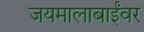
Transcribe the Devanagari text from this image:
जयमालाबाईंवर